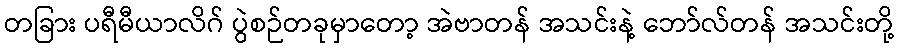
တခြား ပရီမီယာလိဂ် ပွဲစဉ်တခုမှာတော့ အဲဗာတန် အသင်းနဲ့ ဘော်လ်တန် အသင်းတို့